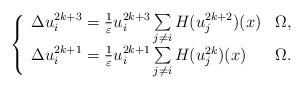
LaTeX: \begin{align*} \left \{ \begin{array}{llll} \Delta u_{i}^{2k+3} = \frac{ 1 }{\varepsilon} u_{i}^{2k+3} \sum\limits_{j \neq i} H( u_{j}^{2k+2} ) (x) & \Omega,\\ \Delta u_{i}^{2k+1} = \frac{ 1 }{\varepsilon} u_{i}^{2k+1} \sum\limits_{j \neq i} H( u_{j}^{2k} ) (x) & \Omega.\\ \end{array} \right. \end{align*}